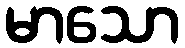
မာသော